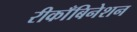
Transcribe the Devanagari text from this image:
रीकाँबिनेशन